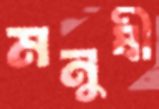
মনুষী